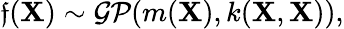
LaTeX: \mathfrak{f}(\textbf{{X}})\sim\mathcal{{GP}}(m(\textbf{{X}}),k(\textbf{{X}},\textbf{{X}})),